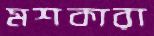
মশকারা